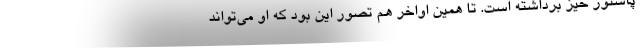
پاستور خیز برداشته است. تا همین اواخر هم تصور این بود که او می‌تواند